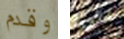
وقدم الى